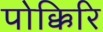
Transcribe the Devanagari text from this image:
पोक्किरि